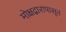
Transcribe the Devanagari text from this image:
मोक्षद्वारापासून